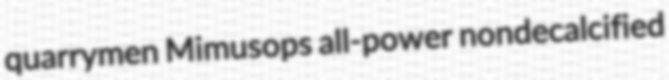
quarrymen Mimusops all-power nondecalcified